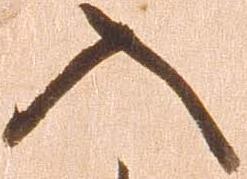
入